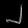
Digit: ၂